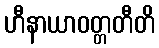
ဟီနာယာဝတ္တတီတိ